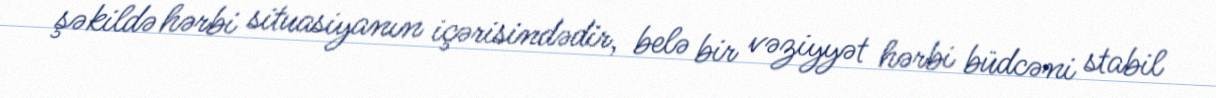
şəkildə hərbi situasiyanın içərisindədir, belə bir vəziyyət hərbi büdcəni stabil